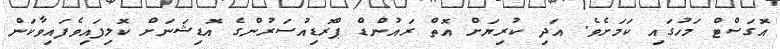
އޮގަސްޓް މަހުގައި ކަމަށެވެ. އަދި ކުރިޔަށް އޮތް ރައުންޑް ޕްރޮޑިއުސަރުންގެ އޮޑިޝަނަށް ކޮލިފައިވެފައިވާކަން